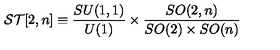
{ \cal S T } [ 2 , n ] \equiv \frac { S U ( 1 , 1 ) } { U ( 1 ) } \times \frac { S O ( 2 , n ) } { S O ( 2 ) \times S O ( n ) }